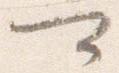
可